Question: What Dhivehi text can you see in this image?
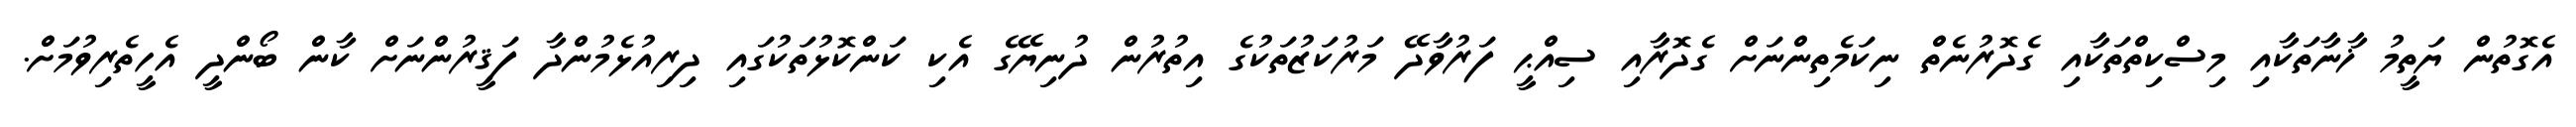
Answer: އެގޮތުން ޔަތީމު ޚާނާތަކާއި މިސްކިތްތަކާއި ގެދޮރުނެތް ނިކަމެތިންނަށް ގެދޮރާއި ސިއްޙީ ފަރުވާދޭ މަރުކަޒުތަކުގެ އިތުރުން ދުނިޔޭގެ އެކި ކަންކޮޅުތަކުގައި ދިރިއުޅެމުންދާ ފަޤީރުންނަށް ކާން ބޯންދީ އެހީތެރިވުމަށް.